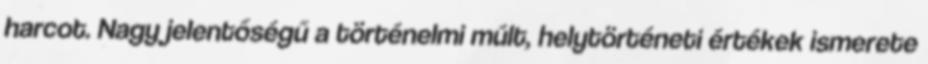
harcot. Nagy jelentőségű a történelmi múlt, helytörténeti értékek ismerete